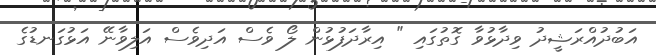
އަބުދުއްރަޝީދު ވިދާޅުވާ ގޮތުގައި " އިރާދަފުޅުން ލޯ ވެސް އަދިވެސް އަލިވާނޭ އަޅުގަނޑުގެ